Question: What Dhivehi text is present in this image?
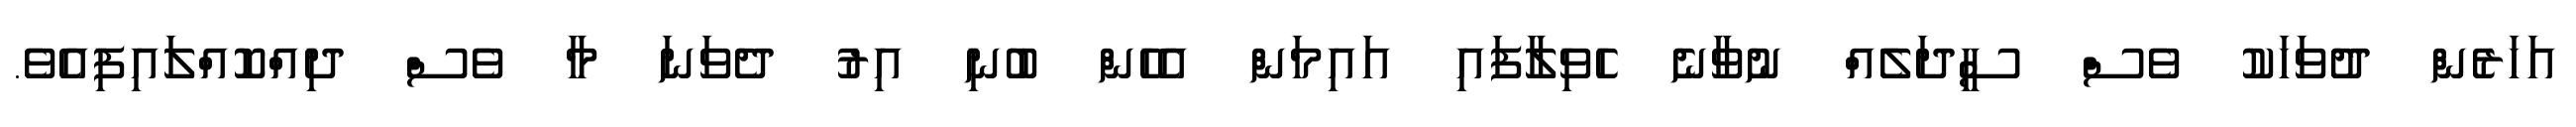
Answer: އަހަރެން ދުވަހަކު ވެސް ސީދަލެއް ނުވާނެ ހެވިލާފައި އައިމަން އެހެން ބުނި އިރު ދެވަނަ މާ ވެސް ދިއްކޮއްލައިފިއެވެ.